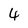
Character: 4